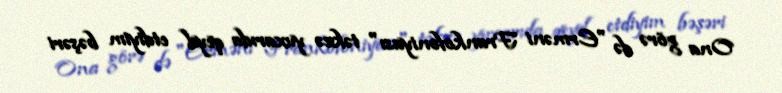
Ona görə də "Erməni Frankofoniyası" təkcə yuxarıda qeyd etdiyim bəşəri